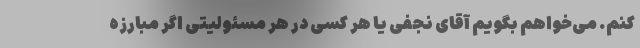
کنم. می‌خواهم بگویم آقای نجفی یا هر کسی در هر مسئولیتی اگر مبارزه